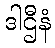
ဒါဌီနံ